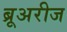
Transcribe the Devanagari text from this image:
ब्रूअरीज